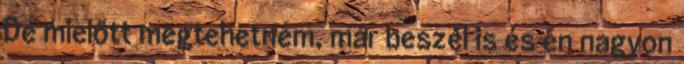
De mielőtt megtehetném, már beszél is és én nagyon